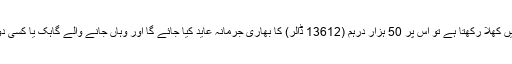
اگر ان دکانوں ، مالز اور خریداری مراکز کا کوئی بھی مالک انھیں کھلا رکھتا ہے تو اس پر 50 ہزار درہم (13612 ڈالر) کا بھاری جرمانہ عاید کیا جائے گا اور وہاں جانے والے گاہک یا کسی دوسرے فرد کو پانچ سو درہم (136ڈالر) جرمانہ ادا کرنا پڑے گا۔